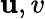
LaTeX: \mathbf{u},v